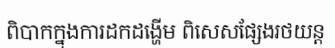
ពិបាកក្នុងការដកដង្ហើម ពិសេសផ្សែងរថយន្ត